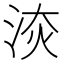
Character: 𣵩